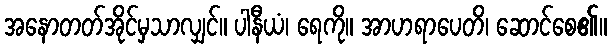
အနောတတ်အိုင်မှသာလျှင်။ ပါနီယံ၊ ရေကို။ အာဟရာပေတိ၊ ဆောင်စေ၏။